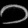
Digit: ၁